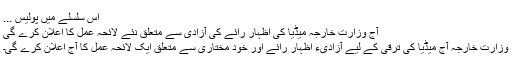
اس سلسلے میں پولیس ...
آج وزارت خارجہ میڈیا کی اظہار رائے کی آزادی سے متعلق نئے لائحہ عمل کا اعلان کرے گی
وزارت خارجہ آج میڈیا کی ترقی کے لیے آزادیء اظہار رائے اور خود مختاری سے متعلق ایک لائحہ عمل کا آج اعلان کرے گی۔